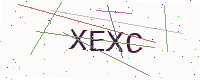
Text: XEXC